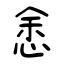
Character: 悆